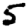
Digit: 5